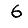
Digit: 6